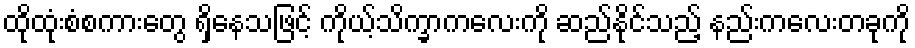
ထိုထုံးစံစကားတွေ ရှိနေသဖြင့် ကိုယ့်သိက္ခာကလေးကို ဆည်နိုင်သည့် နည်းကလေးတခုကို